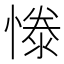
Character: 𢟱